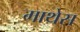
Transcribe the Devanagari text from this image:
माथेस